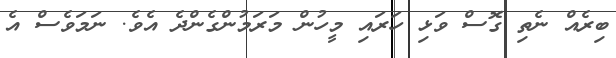
ބިރެއް ނެތި ގޮސް ވަޅި ހަރައި މީހުން މަރަމުންގެންދެ އެވެ. ނަމަވެސް އެ